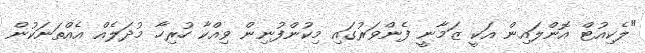
"ލެކިއުޓް އޮންލައިން އަކީ ޒަމާނީ ފެންވަރުގައި މިކުންފުނިން ވިއްކާ ހުރިހާ މުދަލެއް އެއްތަނަކުން